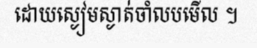
ដោយស្ងៀមស្ងាត់ចាំលបមើល ។